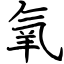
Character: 氧